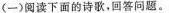
(一)阅读下面的诗歌，回答问题。